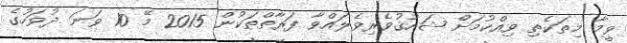
ވީމާ މިތަކެތި ވިއްކުމަށް ޝައުޤުވެރިވެލައްވާ ފަރާތްތަކުން 2015 މޭ 10 ވަނަ ދުވަހުގެ